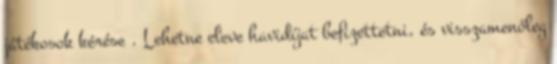
játékosok kérése . Lehetne eleve havidíjat befizettetni, és visszamenőleg